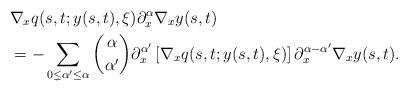
LaTeX: \begin{align*}&\nabla_x q(s,t;y(s,t),\xi) \partial_x^\alpha\nabla_x y(s,t) \\&=-\sum_{0\lneq\alpha^\prime\leq\alpha} \binom{\alpha}{\alpha^\prime} \partial_x^{\alpha^\prime}\left[\nabla_x q(s,t;y(s,t),\xi)\right] \partial_x^{\alpha-\alpha^\prime}\nabla_x y(s,t).\end{align*}